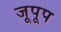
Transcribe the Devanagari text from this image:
जूपूप